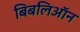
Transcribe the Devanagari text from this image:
बिबलिऑन